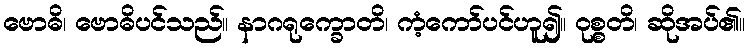
ဗောဓိ၊ ဗောဓိပင်သည်။ နာဂရုက္ခောတိ၊ ကံ့ကော်ပင်ဟူ၍။ ဝုစ္စတိ၊ ဆိုအပ်၏။